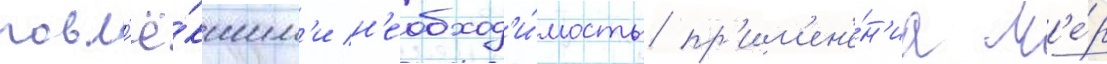
повл'ё́кшим'и н'еобход'и́мость пр'им'ен'е́н'иа м'е́р